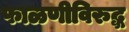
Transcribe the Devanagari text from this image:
फाळणीविरुद्ध